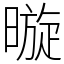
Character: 暶